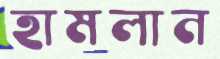
হামলান